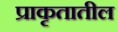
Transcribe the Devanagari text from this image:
प्राकृतातील